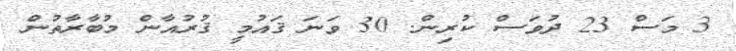
3 މަސް 23 ދުވަސް ކުރިން. 30 ވަނަ ޤައުމީ ޤުރުއާން މުބާރާތުން